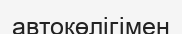
автокөлігімен